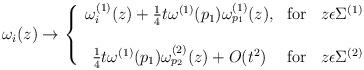
LaTeX: \begin{align*}\omega_i(z) \to \left \{\begin{array}{ccc} \omega_i^{(1)}(z)+\frac{1}{4}t\omega^{(1)}(p_1)\omega_{p_1}^{(1)}(z), & \mbox{for}& z\epsilon \Sigma^{(1)} \\\\ \frac{1}{4}t\omega^{(1)}(p_1)\omega_{p_2}^{(2)}(z) + O(t^2) &\mbox{for} & z\epsilon \Sigma^{(2)} \\\end{array}\right.\end{align*}